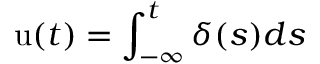
\mathrm { u } ( t ) = \int _ { - \infty } ^ { t } \delta ( s ) d s